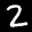
Label: 2